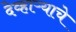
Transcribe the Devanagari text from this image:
देव्हाऱ्याचे